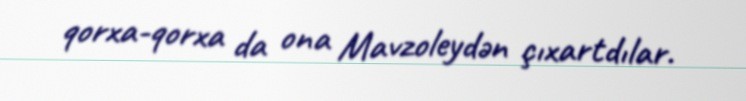
qorxa-qorxa da ona Mavzoleydən çıxartdılar.